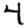
Digit: 4